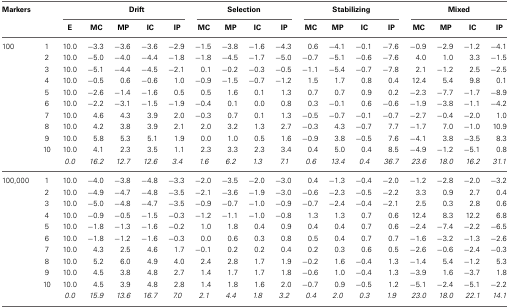
<table><thead><tr><td><b>Markers</b></td><td></td><td colspan="5"><b>Drift</b></td><td colspan="4"><b>Selection</b></td><td colspan="4"><b>Stabilizing</b></td><td colspan="4"><b>Mixed</b></td></tr><tr><td></td><td></td><td><b>E</b></td><td><b>MC</b></td><td><b>MP</b></td><td><b>IC</b></td><td><b>IP</b></td><td><b>MC</b></td><td><b>MP</b></td><td><b>IC</b></td><td><b>IP</b></td><td><b>MC</b></td><td><b>MP</b></td><td><b>IC</b></td><td><b>IP</b></td><td><b>MC</b></td><td><b>MP</b></td><td><b>IC</b></td><td><b>IP</b></td></tr></thead><tbody><tr><td>100</td><td>1</td><td>10.0</td><td>−3.3</td><td>−3.6</td><td>−3.6</td><td>−2.9</td><td>−1.5</td><td>−3.8</td><td>−1.6</td><td>−4.3</td><td>0.6</td><td>−4.1</td><td>−0.1</td><td>−7.6</td><td>−0.9</td><td>−2.9</td><td>−1.2</td><td>−4.1</td></tr><tr><td></td><td>2</td><td>10.0</td><td>−5.0</td><td>−4.0</td><td>−4.4</td><td>−1.8</td><td>−1.8</td><td>−4.5</td><td>−1.7</td><td>−5.0</td><td>−0.7</td><td>−5.1</td><td>−0.6</td><td>−7.6</td><td>4.0</td><td>1.0</td><td>3.3</td><td>−1.5</td></tr><tr><td></td><td>3</td><td>10.0</td><td>−5.1</td><td>−4.4</td><td>−4.5</td><td>−2.1</td><td>0.1</td><td>−0.2</td><td>−0.3</td><td>−0.5</td><td>−1.1</td><td>−5.4</td><td>−0.7</td><td>−7.8</td><td>2.1</td><td>−1.2</td><td>2.5</td><td>−2.5</td></tr><tr><td></td><td>4</td><td>10.0</td><td>−0.5</td><td>0.6</td><td>−0.6</td><td>1.0</td><td>−0.9</td><td>−1.5</td><td>−0.7</td><td>−1.2</td><td>1.5</td><td>1.7</td><td>0.8</td><td>0.4</td><td>12.4</td><td>5.4</td><td>9.8</td><td>0.1</td></tr><tr><td></td><td>5</td><td>10.0</td><td>−2.6</td><td>−1.4</td><td>−1.6</td><td>0.5</td><td>0.5</td><td>1.6</td><td>0.1</td><td>1.3</td><td>0.7</td><td>0.7</td><td>0.9</td><td>0.2</td><td>−2.3</td><td>−7.7</td><td>−1.7</td><td>−8.9</td></tr><tr><td></td><td>6</td><td>10.0</td><td>−2.2</td><td>−3.1</td><td>−1.5</td><td>−1.9</td><td>−0.4</td><td>0.1</td><td>0.0</td><td>0.8</td><td>0.3</td><td>−0.1</td><td>0.6</td><td>−0.6</td><td>−1.9</td><td>−3.8</td><td>−1.1</td><td>−4.2</td></tr><tr><td></td><td>7</td><td>10.0</td><td>4.6</td><td>4.3</td><td>3.9</td><td>2.0</td><td>−0.3</td><td>0.7</td><td>0.1</td><td>1.3</td><td>−0.5</td><td>−0.7</td><td>−0.1</td><td>−0.7</td><td>−2.7</td><td>−0.4</td><td>−2.0</td><td>1.0</td></tr><tr><td></td><td>8</td><td>10.0</td><td>4.2</td><td>3.8</td><td>3.9</td><td>2.1</td><td>2.0</td><td>3.2</td><td>1.3</td><td>2.7</td><td>−0.3</td><td>4.3</td><td>−0.7</td><td>7.7</td><td>−1.7</td><td>7.0</td><td>−1.0</td><td>10.9</td></tr><tr><td></td><td>9</td><td>10.0</td><td>5.8</td><td>5.3</td><td>5.1</td><td>1.9</td><td>0.0</td><td>1.0</td><td>0.5</td><td>1.6</td><td>−0.9</td><td>3.8</td><td>−0.5</td><td>7.6</td><td>−4.1</td><td>3.8</td><td>−3.5</td><td>8.3</td></tr><tr><td></td><td>10</td><td>10.0</td><td>4.1</td><td>2.3</td><td>3.5</td><td>1.1</td><td>2.3</td><td>3.3</td><td>2.3</td><td>3.4</td><td>0.4</td><td>5.0</td><td>0.4</td><td>8.5</td><td>−4.9</td><td>−1.2</td><td>−5.1</td><td>0.8</td></tr><tr><td></td><td></td><td><i>0.0</i></td><td><i>16.2</i></td><td><i>12.7</i></td><td><i>12.6</i></td><td><i>3.4</i></td><td><i>1.6</i></td><td><i>6.2</i></td><td><i>1.3</i></td><td><i>7.1</i></td><td><i>0.6</i></td><td><i>13.4</i></td><td><i>0.4</i></td><td><i>36.7</i></td><td><i>23.6</i></td><td><i>18.0</i></td><td><i>16.2</i></td><td><i>31.1</i></td></tr><tr><td>100,000</td><td>1</td><td>10.0</td><td>−4.0</td><td>−3.8</td><td>−4.8</td><td>−3.3</td><td>−2.0</td><td>−3.5</td><td>−2.0</td><td>−3.0</td><td>0.4</td><td>−1.3</td><td>−0.4</td><td>−2.0</td><td>−1.2</td><td>−2.8</td><td>−2.0</td><td>−3.2</td></tr><tr><td></td><td>2</td><td>10.0</td><td>−4.9</td><td>−4.7</td><td>−4.8</td><td>−3.5</td><td>−2.1</td><td>−3.6</td><td>−1.9</td><td>−3.0</td><td>−0.6</td><td>−2.3</td><td>−0.5</td><td>−2.2</td><td>3.3</td><td>0.9</td><td>2.7</td><td>0.4</td></tr><tr><td></td><td>3</td><td>10.0</td><td>−5.0</td><td>−4.8</td><td>−4.7</td><td>−3.5</td><td>−0.9</td><td>−0.7</td><td>−1.0</td><td>−0.9</td><td>−0.7</td><td>−2.4</td><td>−0.4</td><td>−2.1</td><td>2.5</td><td>0.3</td><td>2.8</td><td>0.6</td></tr><tr><td></td><td>4</td><td>10.0</td><td>−0.9</td><td>−0.5</td><td>−1.5</td><td>−0.3</td><td>−1.2</td><td>−1.1</td><td>−1.0</td><td>−0.8</td><td>1.3</td><td>1.3</td><td>0.7</td><td>0.6</td><td>12.4</td><td>8.3</td><td>12.2</td><td>6.8</td></tr><tr><td></td><td>5</td><td>10.0</td><td>−1.8</td><td>−1.3</td><td>−1.6</td><td>−0.2</td><td>1.0</td><td>1.8</td><td>0.4</td><td>0.9</td><td>0.4</td><td>0.4</td><td>0.7</td><td>0.6</td><td>−2.4</td><td>−7.4</td><td>−2.2</td><td>−6.5</td></tr><tr><td></td><td>6</td><td>10.0</td><td>−1.8</td><td>−1.2</td><td>−1.6</td><td>−0.3</td><td>0.0</td><td>0.6</td><td>0.3</td><td>0.8</td><td>0.5</td><td>0.4</td><td>0.7</td><td>0.7</td><td>−1.6</td><td>−3.2</td><td>−1.3</td><td>−2.6</td></tr><tr><td></td><td>7</td><td>10.0</td><td>4.3</td><td>2.5</td><td>4.6</td><td>1.7</td><td>−0.1</td><td>0.2</td><td>0.2</td><td>0.4</td><td>0.2</td><td>0.3</td><td>0.6</td><td>0.5</td><td>−2.6</td><td>−0.6</td><td>−2.4</td><td>−0.3</td></tr><tr><td></td><td>8</td><td>10.0</td><td>5.2</td><td>6.0</td><td>4.9</td><td>4.0</td><td>2.4</td><td>2.8</td><td>1.7</td><td>1.9</td><td>−0.2</td><td>1.6</td><td>−0.4</td><td>1.3</td><td>−1.4</td><td>5.4</td><td>−1.2</td><td>5.3</td></tr><tr><td></td><td>9</td><td>10.0</td><td>4.5</td><td>3.8</td><td>4.8</td><td>2.7</td><td>1.4</td><td>1.7</td><td>1.7</td><td>1.8</td><td>−0.6</td><td>1.0</td><td>−0.4</td><td>1.3</td><td>−3.9</td><td>1.6</td><td>−3.7</td><td>1.8</td></tr><tr><td></td><td>10</td><td>10.0</td><td>4.5</td><td>3.9</td><td>4.8</td><td>2.8</td><td>1.4</td><td>1.8</td><td>1.6</td><td>2.0</td><td>−0.7</td><td>0.9</td><td>−0.5</td><td>1.2</td><td>−5.1</td><td>−2.4</td><td>−5.1</td><td>−2.2</td></tr><tr><td></td><td></td><td><i>0.0</i></td><td><i>15.9</i></td><td><i>13.6</i></td><td><i>16.7</i></td><td><i>7.0</i></td><td><i>2.1</i></td><td><i>4.4</i></td><td><i>1.8</i></td><td><i>3.2</i></td><td><i>0.4</i></td><td><i>2.0</i></td><td><i>0.3</i></td><td><i>1.9</i></td><td><i>23.0</i></td><td><i>18.0</i></td><td><i>22.1</i></td><td><i>14.1</i></td></tr></tbody></table>